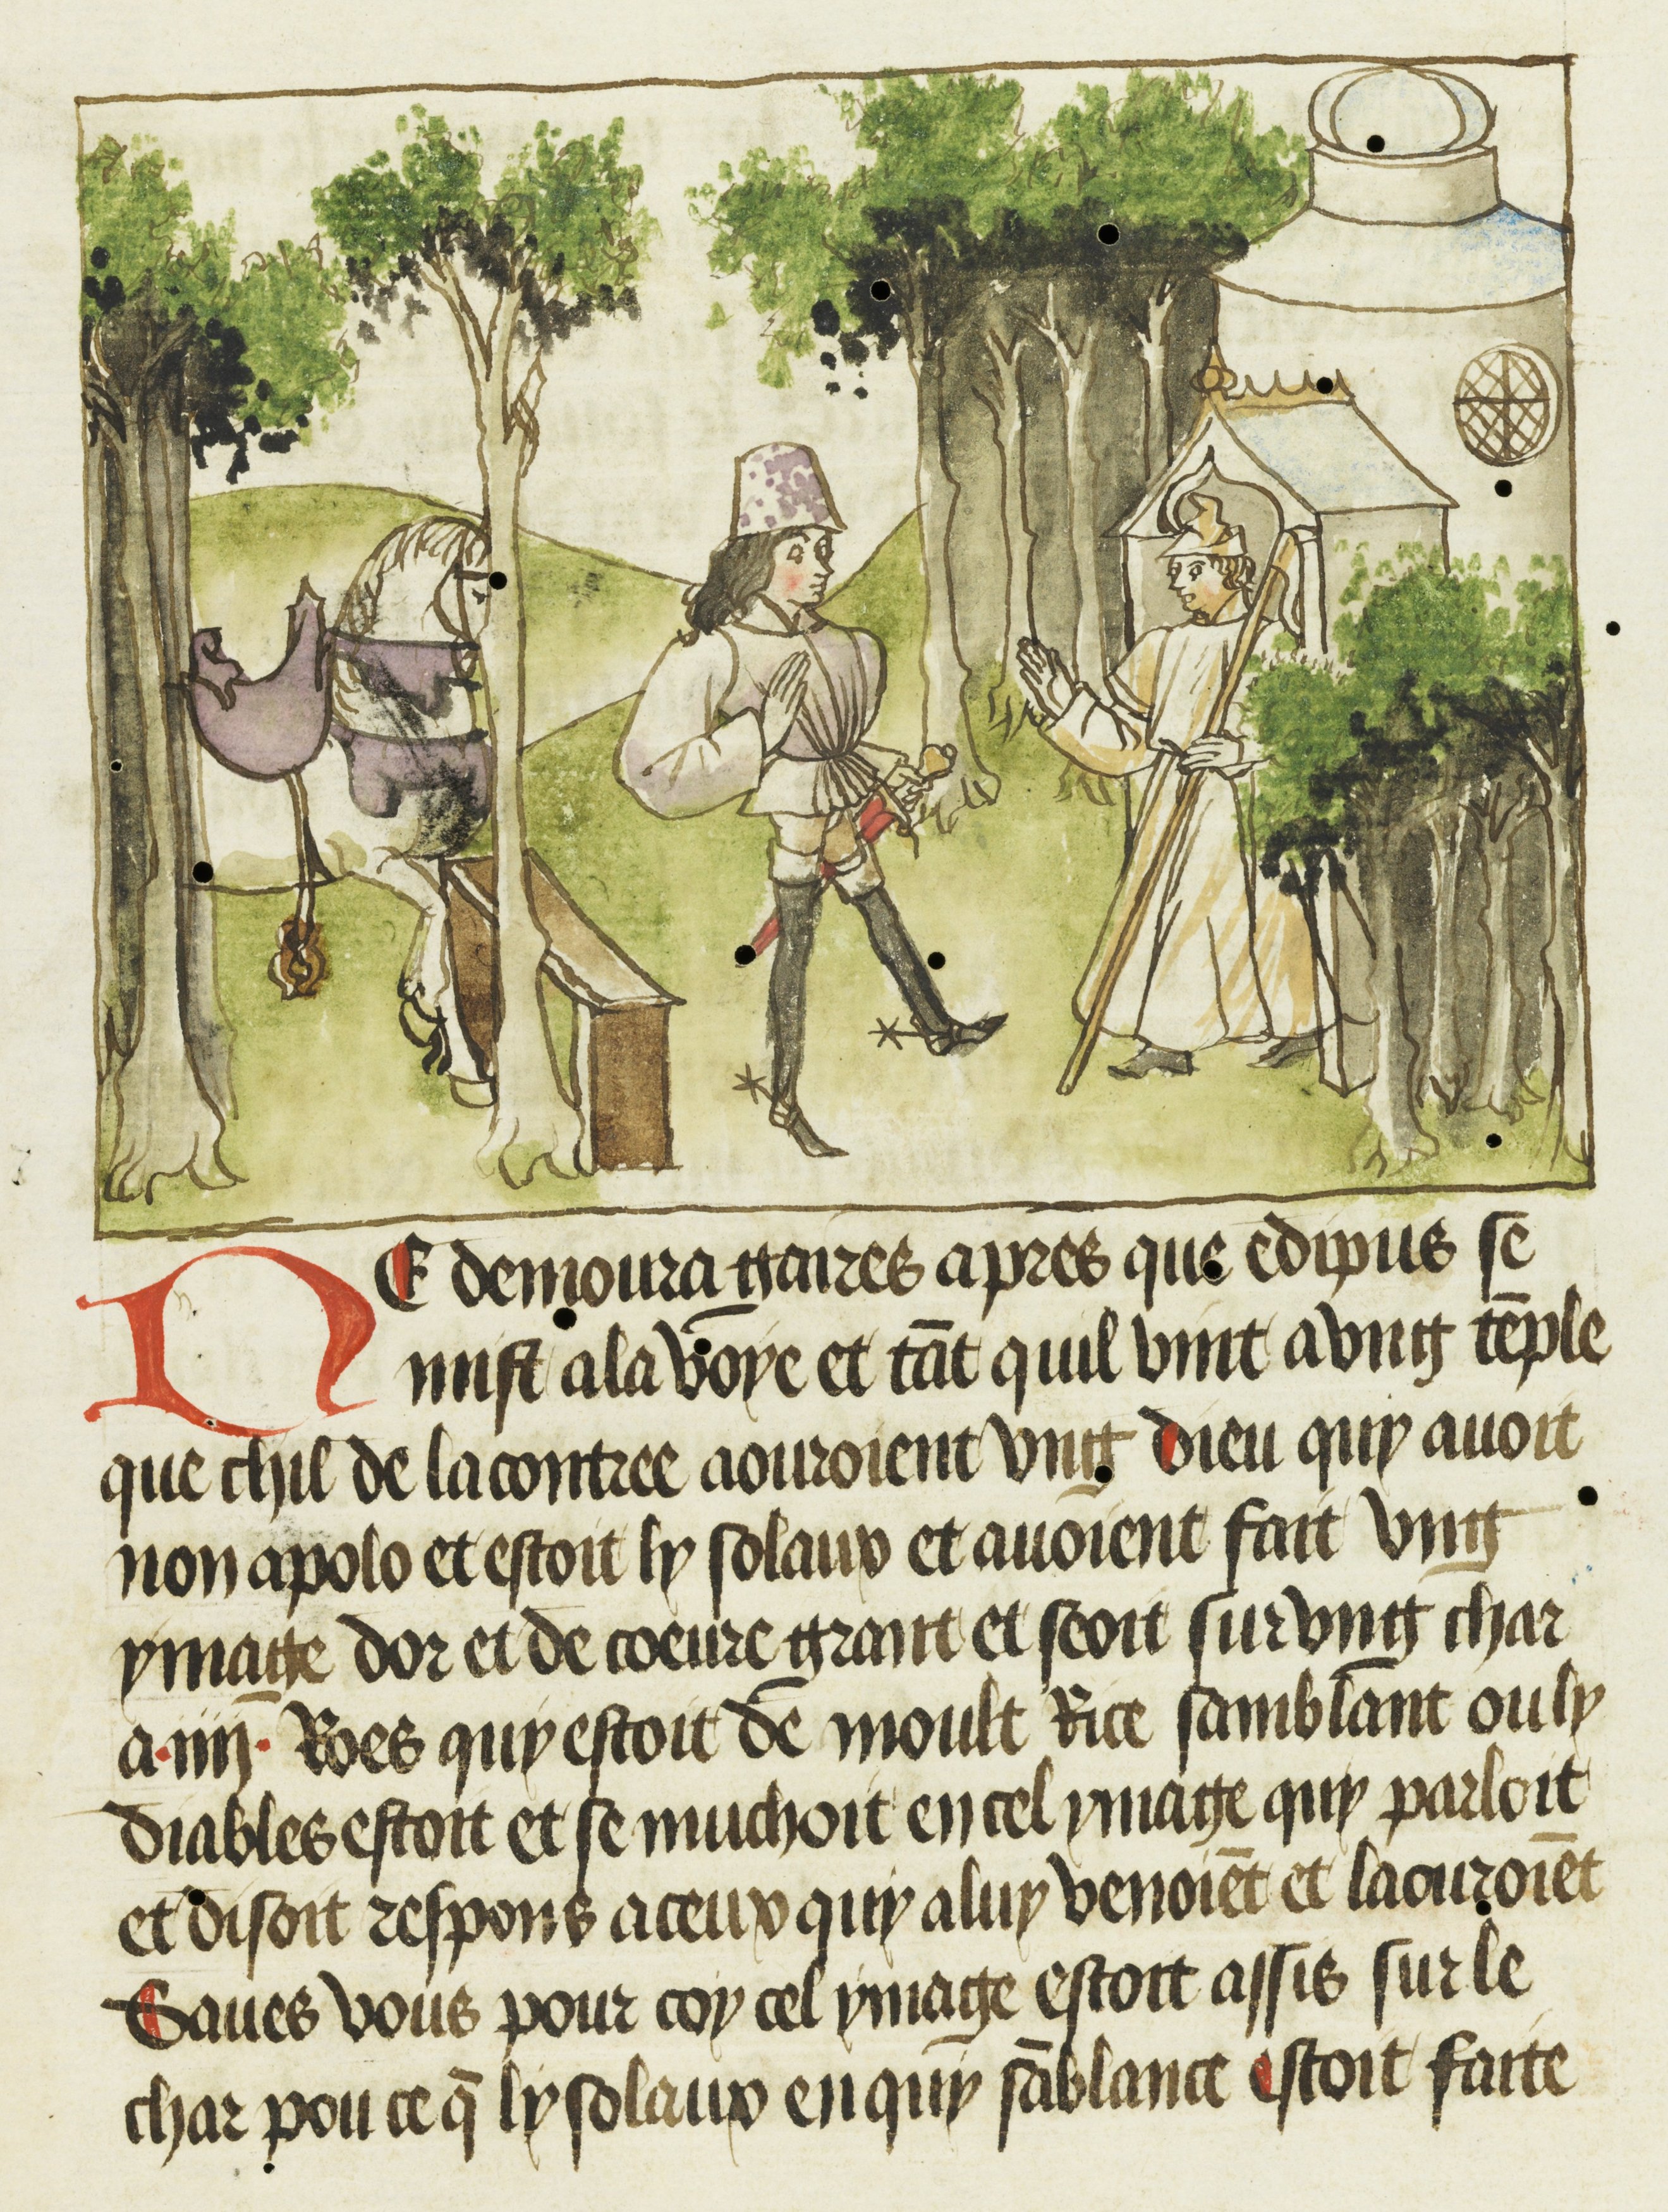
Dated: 1469–1469